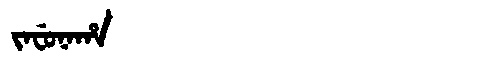
Manchu: ᠵᠠᠸᡠᠨᠠᡥᠠ
Romanization: JAFUNAHA